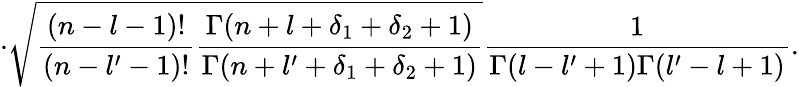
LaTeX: \cdot\sqrt{\frac{(n-l-1)!}{(n-l^{\prime}-1)!}\frac{\Gamma(n+l+\delta_{1}+\delta_{2}+1)}{\Gamma(n+l^{\prime}+\delta_{1}+\delta_{2}+1)}}\frac{1}{\Gamma(l-l^{\prime}+1)\Gamma(l^{\prime}-l+1)}.